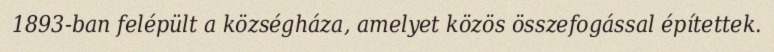
1893-ban felépült a községháza, amelyet közös összefogással építettek.